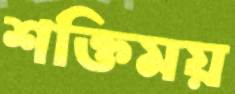
শক্তিময়